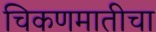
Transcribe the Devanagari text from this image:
चिकणमातीचा